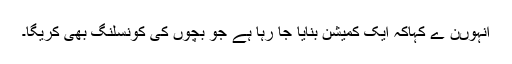
انہوںن ے کہاکہ ایک کمیشن بنایا جا رہا ہے جو بچوں کی کونسلنگ بھی کریگا۔